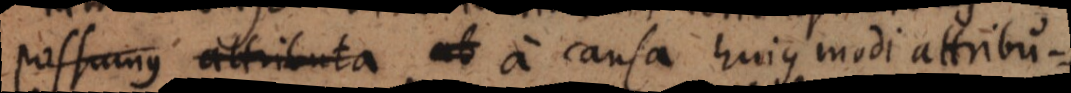
possumus attributa ab a causa hujus modi attribu